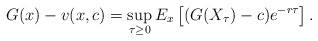
\begin{align*}G(x)-v(x,c)=\sup_{\tau \geq 0}E_{x}\left[(G(X_{\tau})-c)e^{-r\tau}\right] . \end{align*}